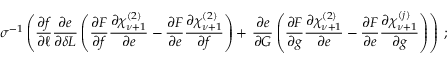
\sigma ^ { - 1 } \left( \frac { \partial f } { \partial \ell } \frac { \partial e } { \partial \delta L } \left( \frac { \partial F } { \partial f } \frac { \partial \chi _ { \nu + 1 } ^ { ( 2 ) } } { \partial e } - \frac { \partial F } { \partial e } \frac { \partial \chi _ { \nu + 1 } ^ { ( 2 ) } } { \partial f } \right) + \right. \left. \frac { \partial e } { \partial G } \left( \frac { \partial F } { \partial g } \frac { \partial \chi _ { \nu + 1 } ^ { ( 2 ) } } { \partial e } - \frac { \partial F } { \partial e } \frac { \partial \chi _ { \nu + 1 } ^ { ( j ) } } { \partial g } \right) \right) \; ;